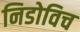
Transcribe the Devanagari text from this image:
निडोविच